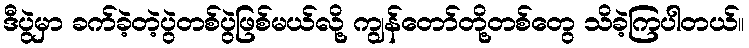
ဒီပွဲမှာ ခက်ခဲ့တဲ့ပွဲတစ်ပွဲဖြစ်မယ်လို့ ကျွန်တော်တို့တစ်တွေ သိခဲ့ကြပါတယ်။